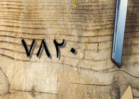
٧٨٢٠